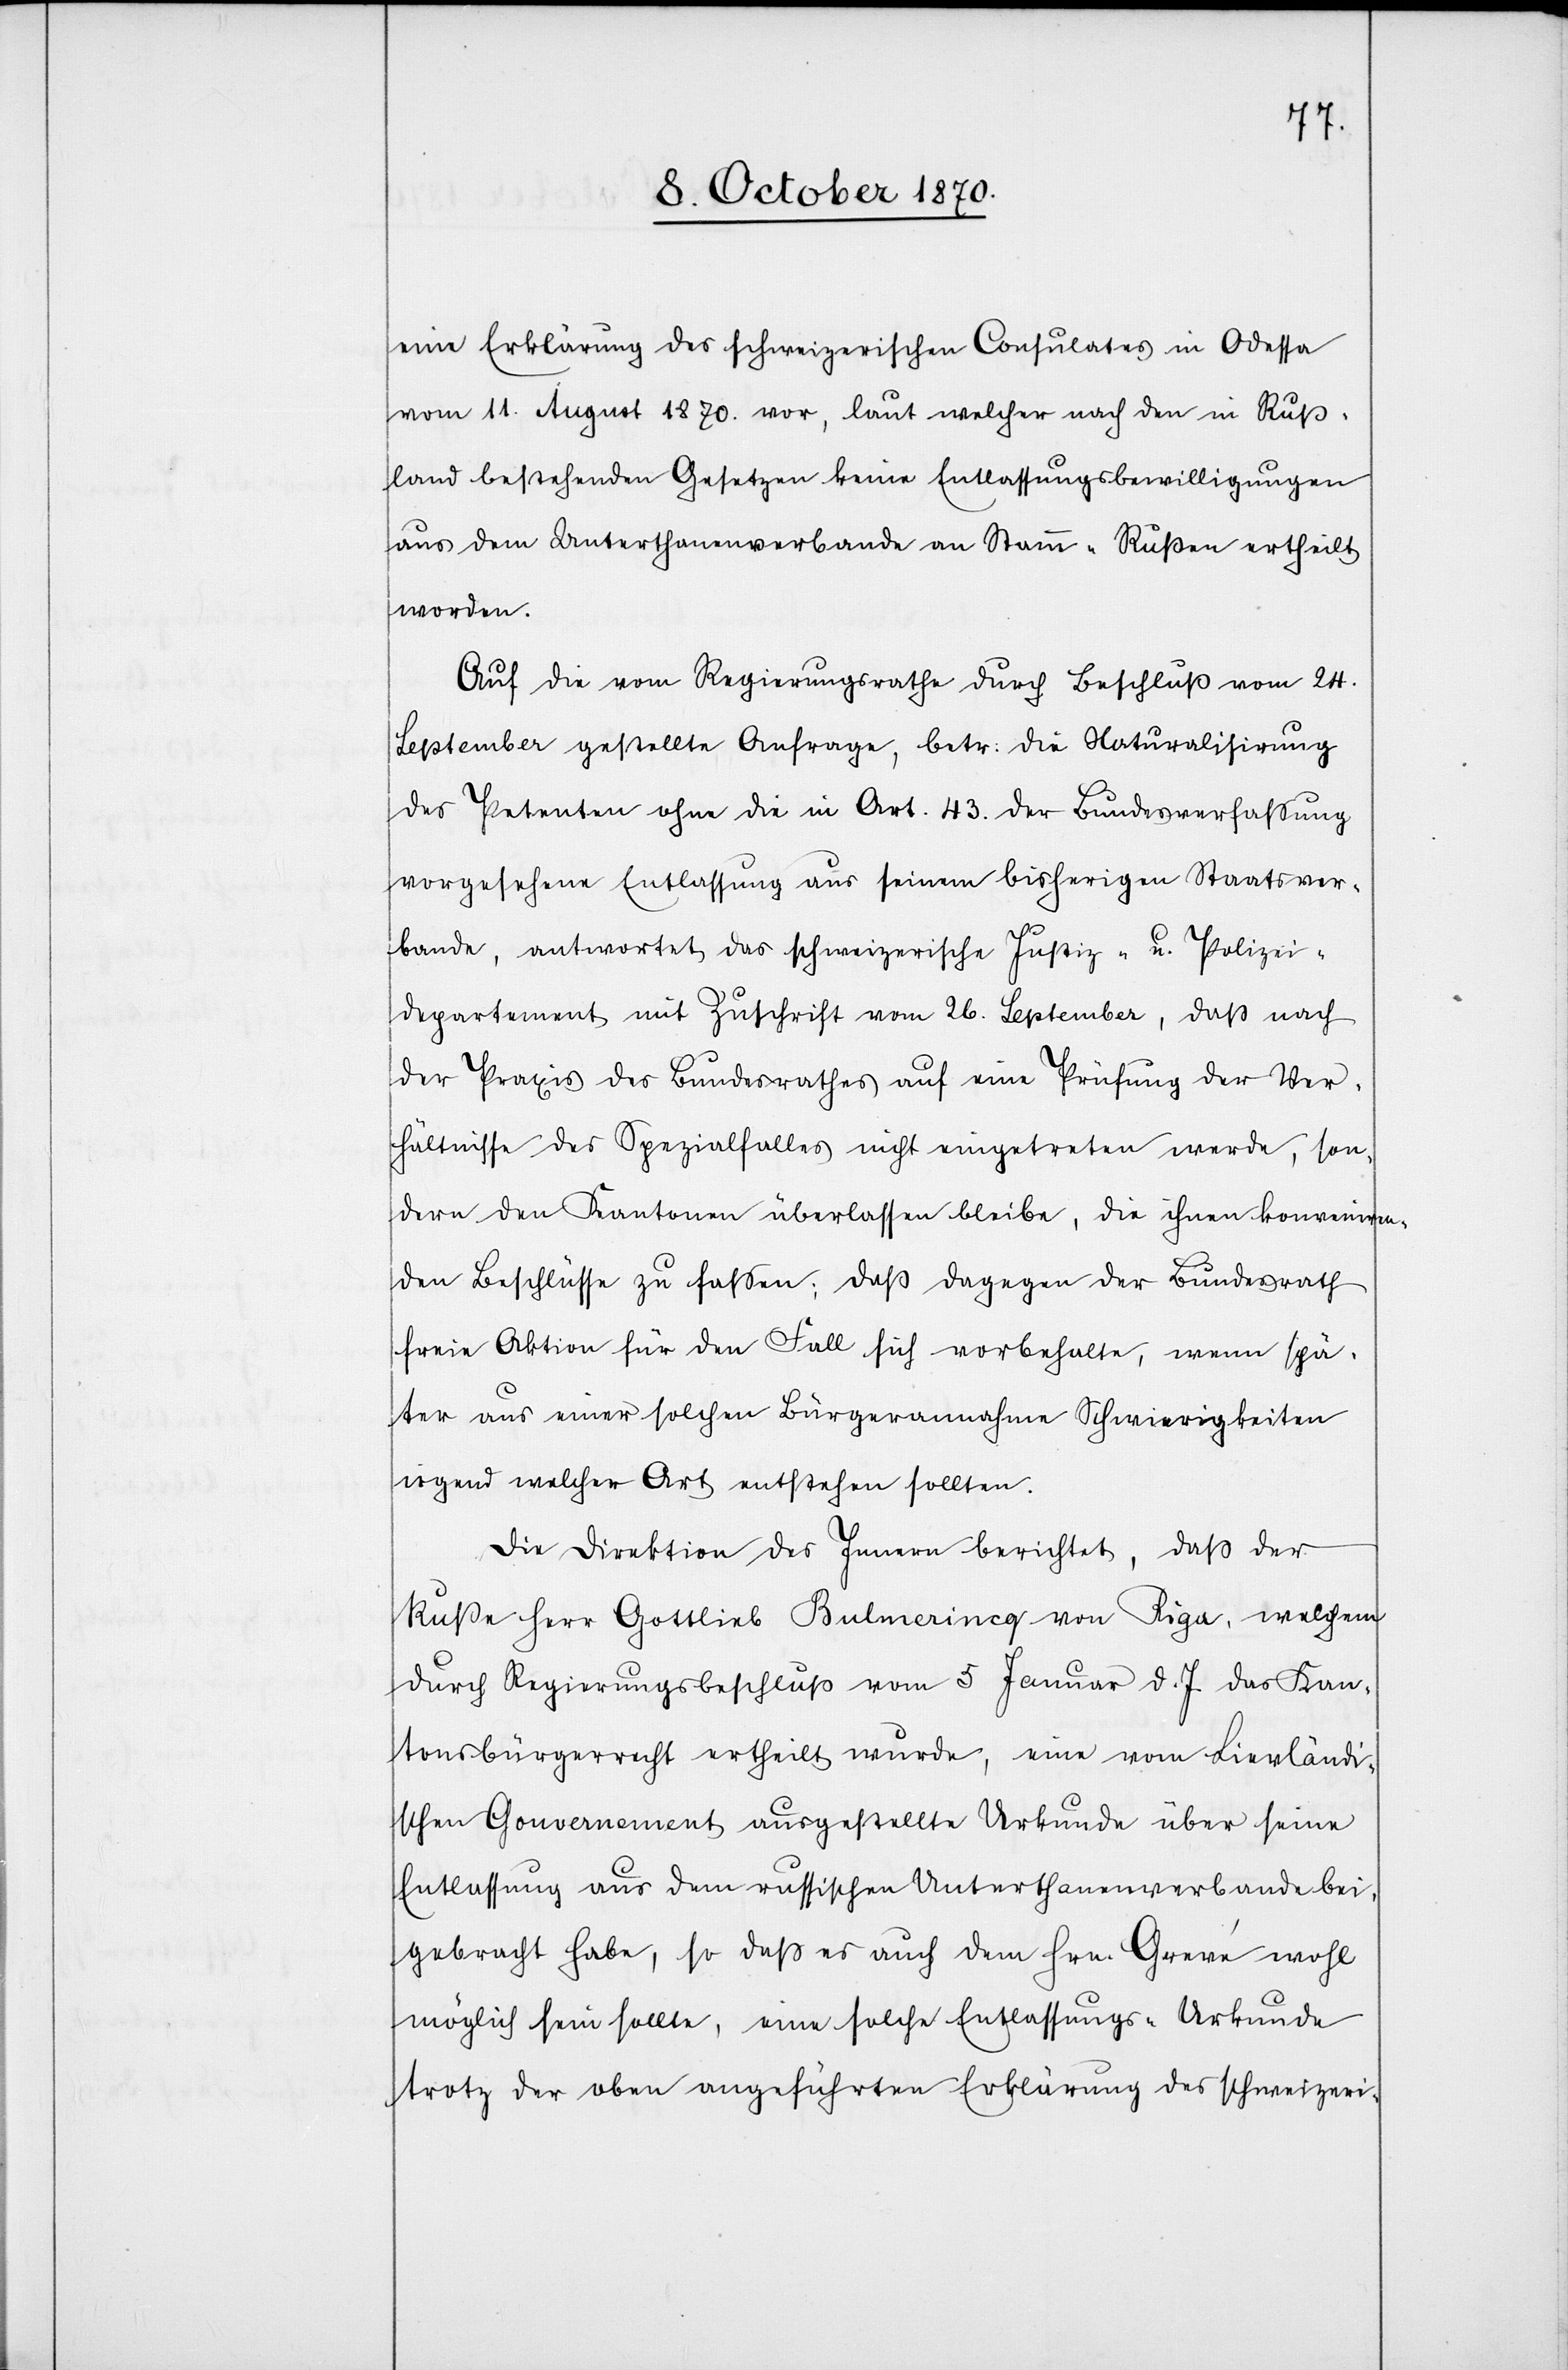
eine Erklärung des schweizerischen Consulates in Odessa
vom 11. August 1870. vor, laut welcher nach den in Ruß¬
land bestehenden Gesetzen keine Entlassungsbewilligungen
aus dem Unterthanenverbande an Stamm-Rußen ertheilt
worden.
Auf die vom Regierungsrathe durch Beschluß vom 24.
September gestellte Anfrage, betr: die Naturalisirung
des Petenten ohne die in Art. 43. der Bundesverfassung
vorgesehene Entlassung aus seinem bisherigen Staatsver¬
bande, antwortet das schweizerische Justiz- u. Polizei¬
departement mit Zuschrift vom 26. September, daß nach
der Praxis des Bundesrathes auf eine Prüfung der Ver¬
hältnisse des Spezialfalles nicht eingetreten werde, son¬
dern den Kantonen überlassen bleibe, die ihnen konveniren¬
den Beschlüsse zu faßen, daß dagegen der Bundesrath
freie Aktion für den Fall sich vorbehalte, wenn spä¬
ter aus einer solchen Bürgerannahme Schwierigkeiten
irgend welcher Art entstehen sollten.
Die Direktion des Innern berichtet, daß der
Ruße Herr Gottlieb Bulmerinq von Riga, welchem
durch Regierungsbeschluß vom 5 Januar d. J. das Kan¬
tonsbürgerrecht ertheilt wurde, eine vom Bierländ¬
ischen Gouvernement ausgestellte Urkunde über seine
Entlassung aus dem russischen Unterthanenverbande bei¬
gebracht habe, so daß es auch dem Hrn. Grevé [sic!] wohl
möglich sein sollte, eine solche Entlassungs-Urkunde
trotz der oben angeführten Erklärung des schweizeri-